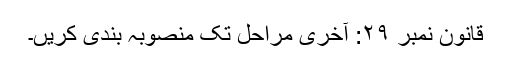
قانون نمبر ۲۹: آخری مراحل تک منصوبہ بندی کریں۔